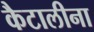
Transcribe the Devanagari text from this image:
कैटालीना